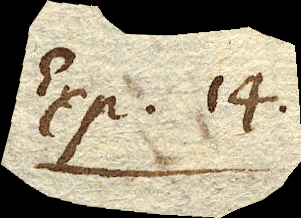
Exp. 14.